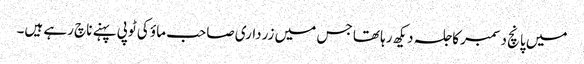
میں پانچ دسمبر کا جلسہ دیکھ رہا تھا جس میں زرداری صاحب ماؤ کی ٹوپی پہنے ناچ رہے ہیں۔